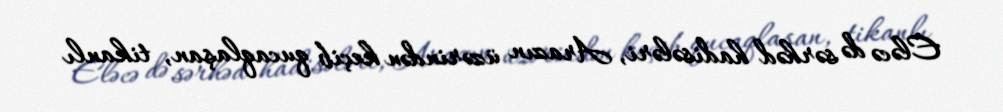
Eləcə də sərhəd hadisələri, Arazın üzərindən keçib qucaqlaşan, tikanlı